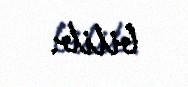
bilib.